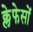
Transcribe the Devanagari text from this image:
क्लेफेसों